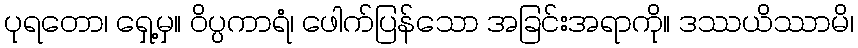
ပုရတော၊ ရှေ့မှ။ ဝိပ္ပကာရံ၊ ဖေါက်ပြန်သော အခြင်းအရာကို။ ဒဿယိဿာမိ၊